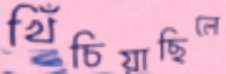
খিঁচিয়াছিলে